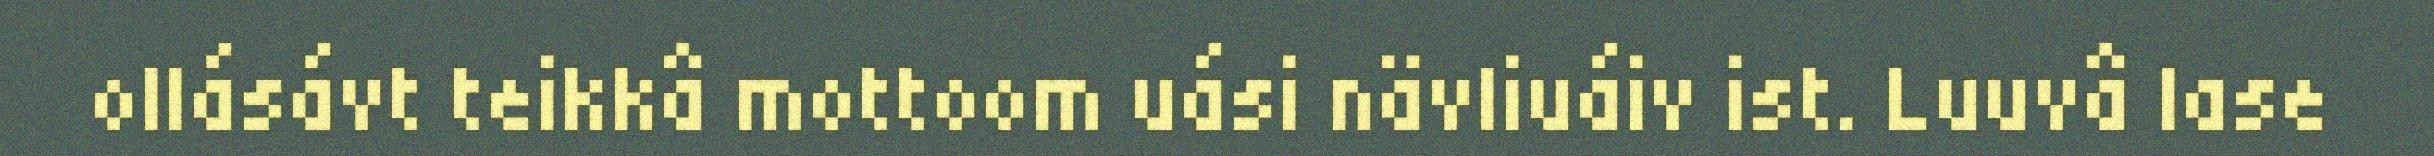
ollásávt teikkâ mottoom uási nävliuáiv ist. Luuvâ lase